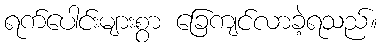
ရက်ပေါင်းများစွာ ခြေကျင်လာခဲ့ရသည်။